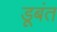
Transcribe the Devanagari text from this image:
डूबंत